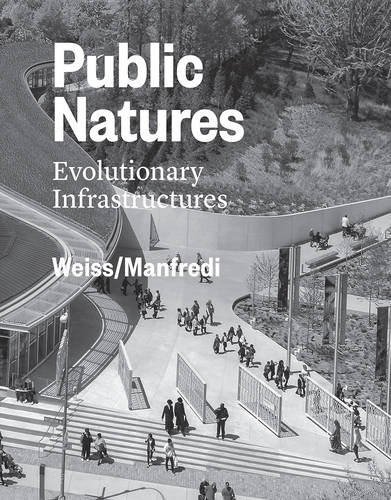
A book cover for Public Natures: Evolutionary Infrastructures; Marion Weiss; Arts & Photography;